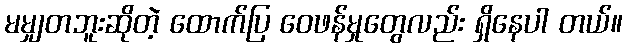
မမျှတဘူးဆိုတဲ့ ထောက်ပြ ဝေဖန်မှုတွေလည်း ရှိနေပါ တယ်။